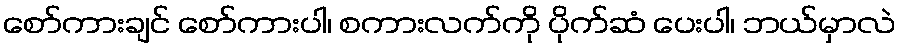
စော်ကားချင် စော်ကားပါ၊ စကားလက်ကို ပိုက်ဆံ ပေးပါ၊ ဘယ်မှာလဲ